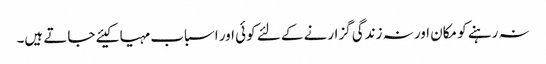
نہ رہنے کو مکان اور نہ زندگی گزارنے کے لئے کوئی اور اسباب مہیا کیئے جاتے ہیں۔